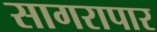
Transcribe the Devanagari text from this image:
सागरापार